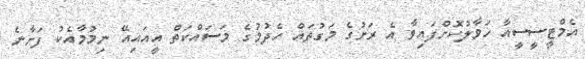
އެމްޓީސީސީއާ ހަވާލުކޮށްފައިވާ އެ ރަށުގެ މަގުތައް ހެދުމުގެ މަސައްކަތް އީއައިއޭ ނިމުމާއެކު ފަށާނެ